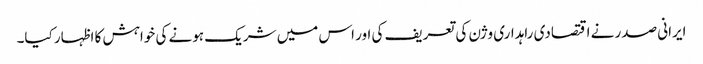
ایرانی صدر نے اقتصادی راہداری وژن کی تعریف کی اور اس میں شریک ہونے کی خواہش کا اظہار کیا۔